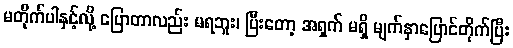
မတိုက်ပါနှင့်လို့ ပြောတာလည်း မရဘူး၊ ပြီးတော့ အရှက် မရှိ မျက်နှာပြောင်တိုက်ပြီး